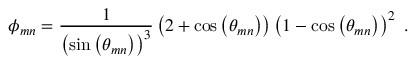
\phi _ { m n } = \frac { 1 } { \left( \sin \left( \theta _ { m n } \right) \right) ^ { 3 } } \left( 2 + \cos \left( \theta _ { m n } \right) \right) \left( 1 - \cos \left( \theta _ { m n } \right) \right) ^ { 2 } \mathrm { ~ . ~ }